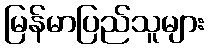
မြန်မာပြည်သူများ